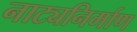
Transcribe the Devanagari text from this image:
नाट्यनिर्माण